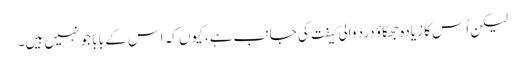
لیکن اُس کا زیادہ جھکاؤ درد والی کیفت کی جانب ہے، کیوں کہ اس کے بابا جو نہیں ہیں۔